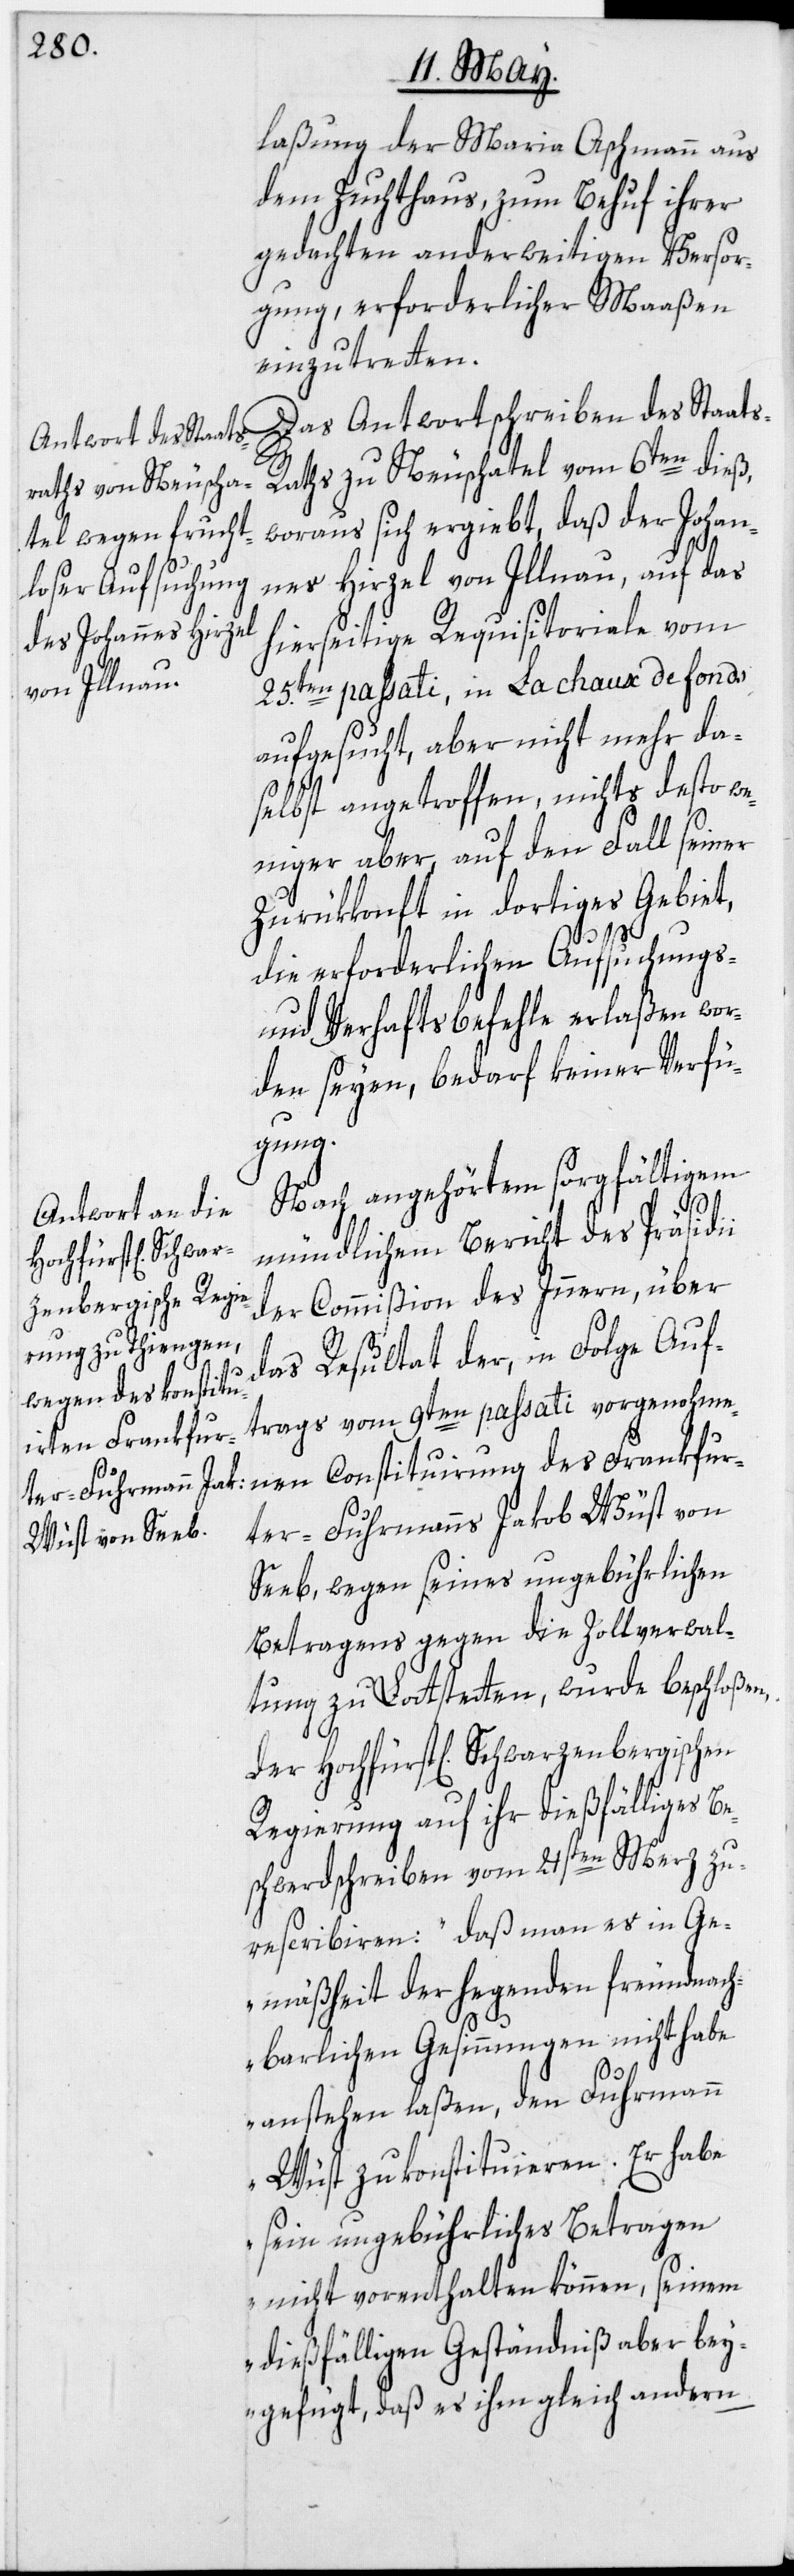
laßung der Maria Aschmann aus
dem Zuchthaus, zum Behuf ihrer
gedachten anderweitigen Versor¬
gung, erforderlicher Maaßen
einzutretten.
Das Antwortschreiben des Staat¬
s-Raths von Neuschatel vom 6ten dieß,
woraus sich ergiebt, daß der Johan¬
nes Hirzel von Illnau, auf das
hierseitige Requisitoriale vom
25.ten passati, in La chaux de fonds
aufgesucht, aber nicht mehr da¬
selbst angetroffen, nichts desto we¬
niger aber, auf den Fall seiner
Zurükkonft in dortiges Gebiet,
die erforderlichen Aufsuchungs-
und Verhaftsbefehle erlaßen wor¬
den seyen, bedarf keiner Verfü¬
gung.
Nach angehörtem sorgfältigem
mündlichem Bericht des Präsidii
der Commißion des Innern, über
das Resultat der, in Folge Auf¬
trags vom 9ten passati vorgenohme¬
nen Constituirung des Frankfur¬
ter-Fuhrmanns Jakob Wüst von
Seeb, wegen seines ungebührlichen
Betragens gegen die Zollverwal¬
tung zu Lottstetten, wurde beschloßen,
der Hochfürst[lich] Schwarzenbergischen
Regierung auf ihr dießfälliges Be¬
schwerdschreiben vom 21sten Merz zu
rescribiren: „daß man es in Ge¬
mäßheit der hegenden freundnach¬
barlichen Gesinnungen nicht habe
anstehen laßen, den Fuhrmann
Wüst zu konstituieren. Er habe
sein ungebührliches Betragen
nicht vorenthalten können, seinem
dießfälligen Geständniß aber bey¬
gefügt, daß es ihm gleich andern